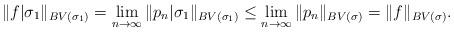
LaTeX: \begin{align*}\|f|\sigma_1\|_{BV(\sigma_1)} = \lim_{n\to\infty}\|p_n|\sigma_1\|_{BV(\sigma_1)} \leq \lim_{n\to\infty}\|p_n\|_{BV(\sigma)} = \|f\|_{BV(\sigma)}.\end{align*}